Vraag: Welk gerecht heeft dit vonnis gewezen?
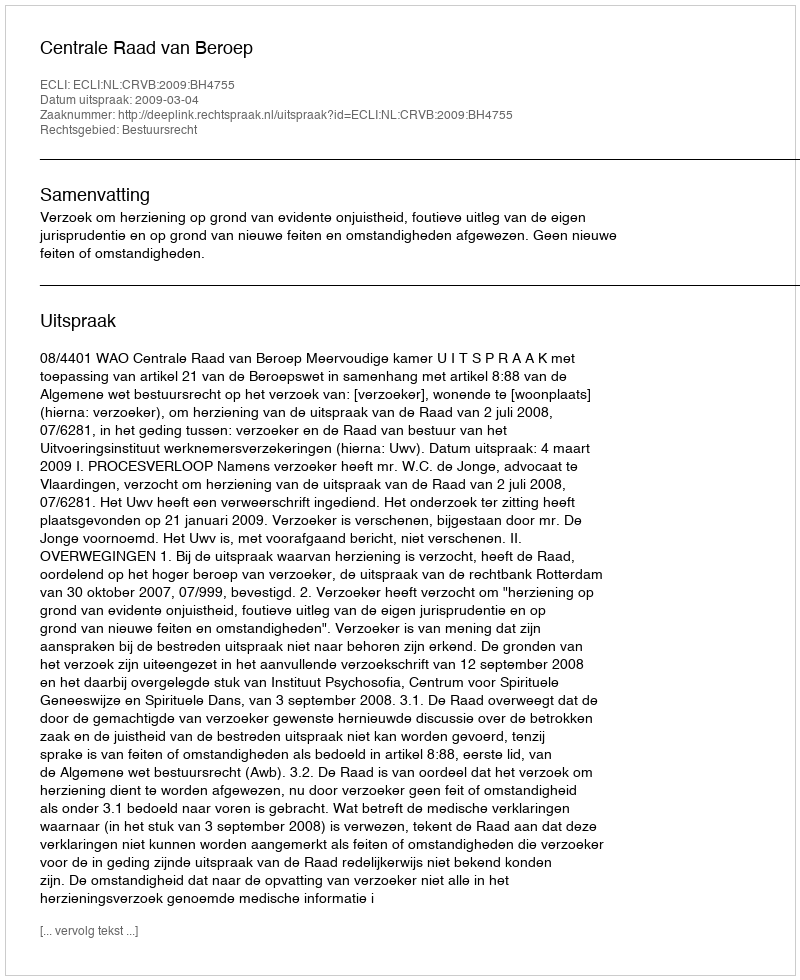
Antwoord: Centrale Raad van Beroep